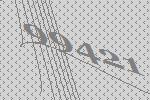
99421